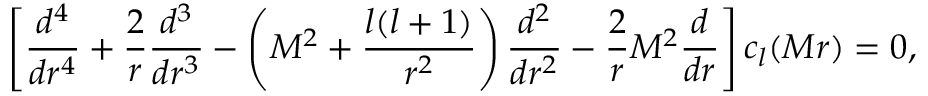
\left[ { \frac { d ^ { 4 } } { d r ^ { 4 } } } + { \frac { 2 } { r } } { \frac { d ^ { 3 } } { d r ^ { 3 } } } - \left( M ^ { 2 } + { \frac { l ( l + 1 ) } { r ^ { 2 } } } \right) { \frac { d ^ { 2 } } { d r ^ { 2 } } } - { \frac { 2 } { r } } M ^ { 2 } { \frac { d } { d r } } \right] c _ { l } ( M r ) = 0 ,